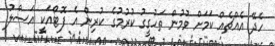
ހެދޭ އެއްޗެއް ކަމަށް ވުމުން ތަހުގީގު ކުރުމުގެ ކުރިން އެ ފޮޓޯއަކީ އަސްލު